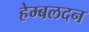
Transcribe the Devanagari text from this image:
हेम्बलदन